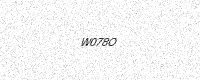
Text: W078O